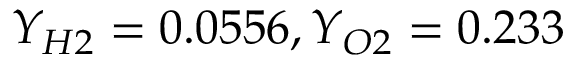
Y _ { H 2 } = 0 . 0 5 5 6 , Y _ { O 2 } = 0 . 2 3 3